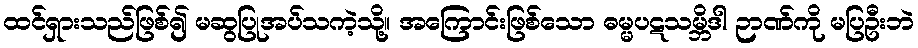
ထင်ရှားသည်ဖြစ်၍ မဆွပြုအပ်သကဲ့သို့။ အကြောင်းဖြစ်သော ဓမ္မပဋသမ္ဘိဒါ ဉာဏ်ကို မပြဦးဘဲ